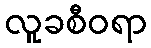
လူခစီဝရာ